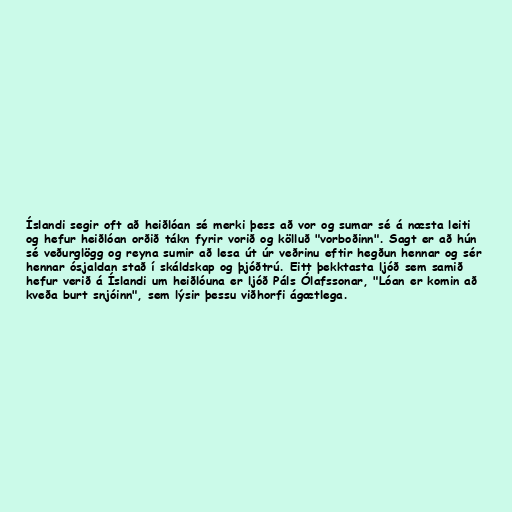
Íslandi segir oft að heiðlóan sé merki þess að vor og sumar sé á næsta leiti
og hefur heiðlóan orðið tákn fyrir vorið og kölluð "vorboðinn". Sagt er að hún
sé veðurglögg og reyna sumir að lesa út úr veðrinu eftir hegðun hennar og sér
hennar ósjaldan stað í skáldskap og þjóðtrú. Eitt þekktasta ljóð sem samið
hefur verið á Íslandi um heiðlóuna er ljóð Páls Ólafssonar, "Lóan er komin að
kveða burt snjóinn", sem lýsir þessu viðhorfi ágætlega.